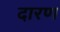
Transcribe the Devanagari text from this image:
दारण